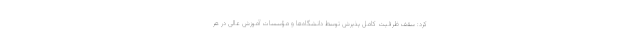
کرد: سقف ظرفیت کامل پذیرش توسط دانشگاه‌ها و مؤسسات آموزش عالی در هر